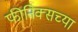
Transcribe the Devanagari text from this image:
फीनिक्सच्या